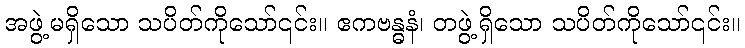
အဖွဲ့မရှိသော သပိတ်ကိုသော်၎င်း။ ဧကဗန္ဓနံ၊ တဖွဲ့ရှိသော သပိတ်ကိုသော်၎င်း။